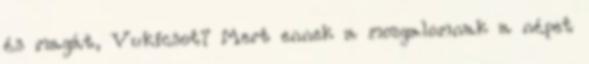
és magát, Vukicsot? Mert ennek a mozgalomnak a népet